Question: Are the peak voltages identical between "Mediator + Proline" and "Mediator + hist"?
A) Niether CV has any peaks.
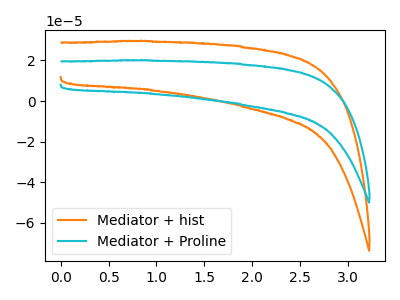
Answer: <think>The orange curve "Mediator + hist" has no peaks. The cyan curve "Mediator + Proline" has no peaks.</think>
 <answer>A) Niether CV has any peaks.</answer>
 <eval>A</eval>